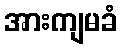
အားကျမခံ